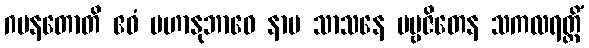
ဂမနတောတိ ဧဝံ မဟာနုဘာဝေ နာမ သာသနေ ပဗ္ဗဇိတေန သကလရတ္တိံ